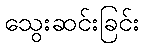
သွေးဆင်းခြင်း